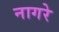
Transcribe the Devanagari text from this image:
नागरे